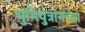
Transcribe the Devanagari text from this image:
भुमिपुत्रांनच्या